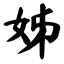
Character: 姊